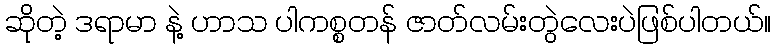
ဆိုတဲ့ ဒရာမာ နဲ့ ဟာသ ပါကစ္စတန် ဇာတ်လမ်းတွဲလေးပဲဖြစ်ပါတယ်။